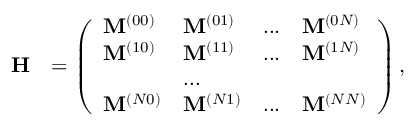
\begin{array} { r l } { \mathbf { H } } & { = \left( \begin{array} { l l l l } { \mathbf { M } ^ { ( 0 0 ) } } & { \mathbf { M } ^ { ( 0 1 ) } } & { . . . } & { \mathbf { M } ^ { ( 0 N ) } } \\ { \mathbf { M } ^ { ( 1 0 ) } } & { \mathbf { M } ^ { ( 1 1 ) } } & { . . . } & { \mathbf { M } ^ { ( 1 N ) } } \\ & { . . . } \\ { \mathbf { M } ^ { ( N 0 ) } } & { \mathbf { M } ^ { ( N 1 ) } } & { . . . } & { \mathbf { M } ^ { ( N N ) } } \end{array} \right) , } \end{array}